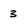
Character: 3